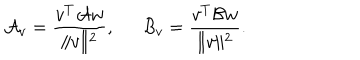
{ \cal A } _ { v } = { \frac { v ^ { T } { \cal A } w } { \| v \| ^ { 2 } } } , \, \, \, \, \, \, \, \, \, { \cal B } _ { v } = { \frac { v ^ { T } { \cal B } w } { \| v \| ^ { 2 } } } .